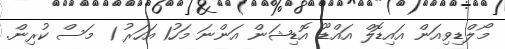
މޯލްޑިވިއަން އައިޑޮލް އައްޑޫ އޮޑިޝަން އަންނަ މަހު1 އަހަރު 1 މަސް ކުރިން.